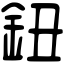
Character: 鈕